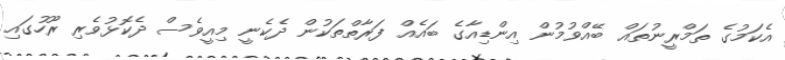
އެކަމުގެ ތަމްރީނުތައް ބޭއްވުމުން އިންޑިއާގެ ބައެއް ފަރާތްތަކުން ދެކެނީ މިއީވެސް ދެކޮޅުވެރި ރޫހުގައި